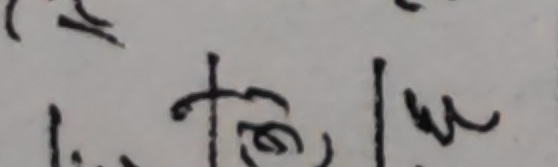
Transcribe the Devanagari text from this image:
विटोम